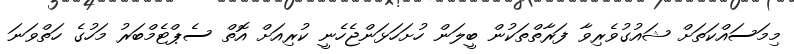
މިމަސައްކަތަށް ޝައުގުވެރިވާ ފަރާތްތަކުން ބީލަން ހުށަހަޅަންޖެހެނީ ކުރިއަށް އޮތް ސެޕްޓެމްބަރު މަހުގެ ހަތްވަނަ